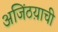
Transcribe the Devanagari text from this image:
अजिंठय़ाची